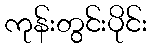
ကုန်းတွင်းပိုင်း